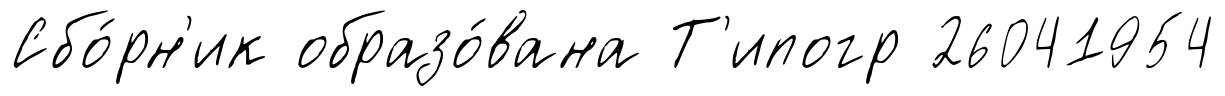
Сбо́рн'ик образо́вана Т'ипогр 26041954